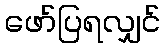
ဖော်ပြရလျှင်